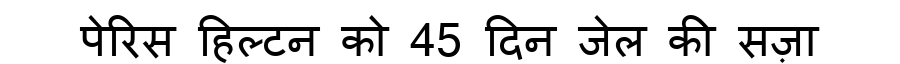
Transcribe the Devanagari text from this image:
पेरिस हिल्टन को 45 दिन जेल की सज़ा